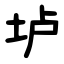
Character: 垆